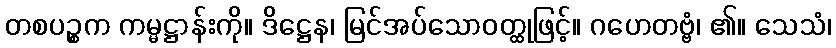
တစပဉ္စက ကမ္မဋ္ဌာန်းကို။ ဒိဋ္ဌေန၊ မြင်အပ်သောဝတ္ထုဖြင့်။ ဂဟေတဗ္ဗံ၊ ၏။ သေသံ၊